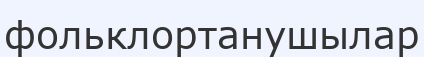
фольклортанушылар